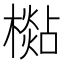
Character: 檆